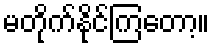
မတိုက်နိုင်ကြတော့။